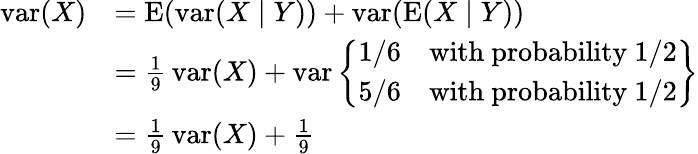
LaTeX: {\begin{array}{rl}{\operatorname{var}(X)}&{=\operatorname{E}(\operatorname{var}(X\mid Y))+\operatorname{var}(\operatorname{E}(X\mid Y))}\\ &{={\frac{1}{9}}\operatorname{var}(X)+\operatorname{var}\left\{ {\begin{array}{ll}{1/6}&{{\mathrm{with~probability}}\ 1/2}\\ {5/6}&{{\mathrm{with~probability}}\ 1/2}\end{array}}\right\} }\\ &{={\frac{1}{9}}\operatorname{var}(X)+{\frac{1}{9}}}\end{array}}